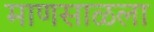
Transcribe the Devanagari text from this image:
माणसाळला